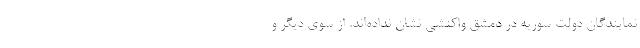
نمایندگان دولت سوریه در دمشق واکنشی نشان نداده‌اند. از سوی دیگر و